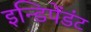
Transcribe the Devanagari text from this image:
इन्डिपेंडंट